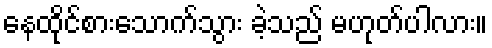
နေထိုင်စားသောက်သွား ခဲ့သည် မဟုတ်ပါလား။